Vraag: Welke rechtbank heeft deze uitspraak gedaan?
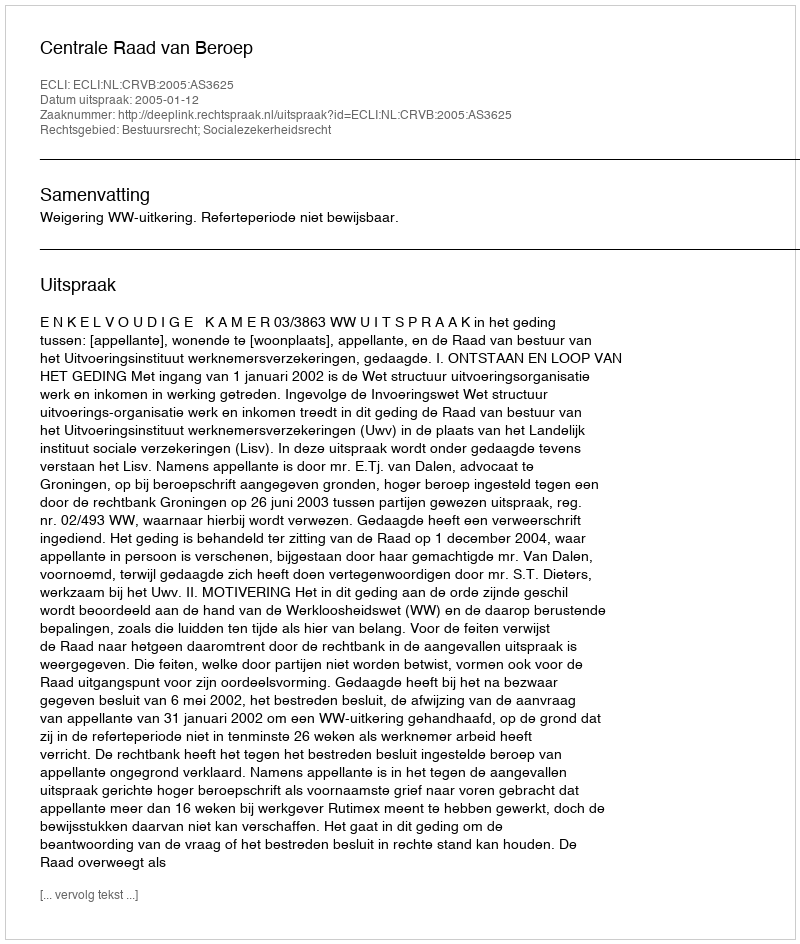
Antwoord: Centrale Raad van Beroep